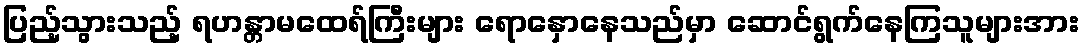
ပြည့်သွားသည့် ရဟန္တာမထေရ်ကြီးများ ရောနှောနေသည်မှာ ဆောင်ရွက်နေကြသူများအား